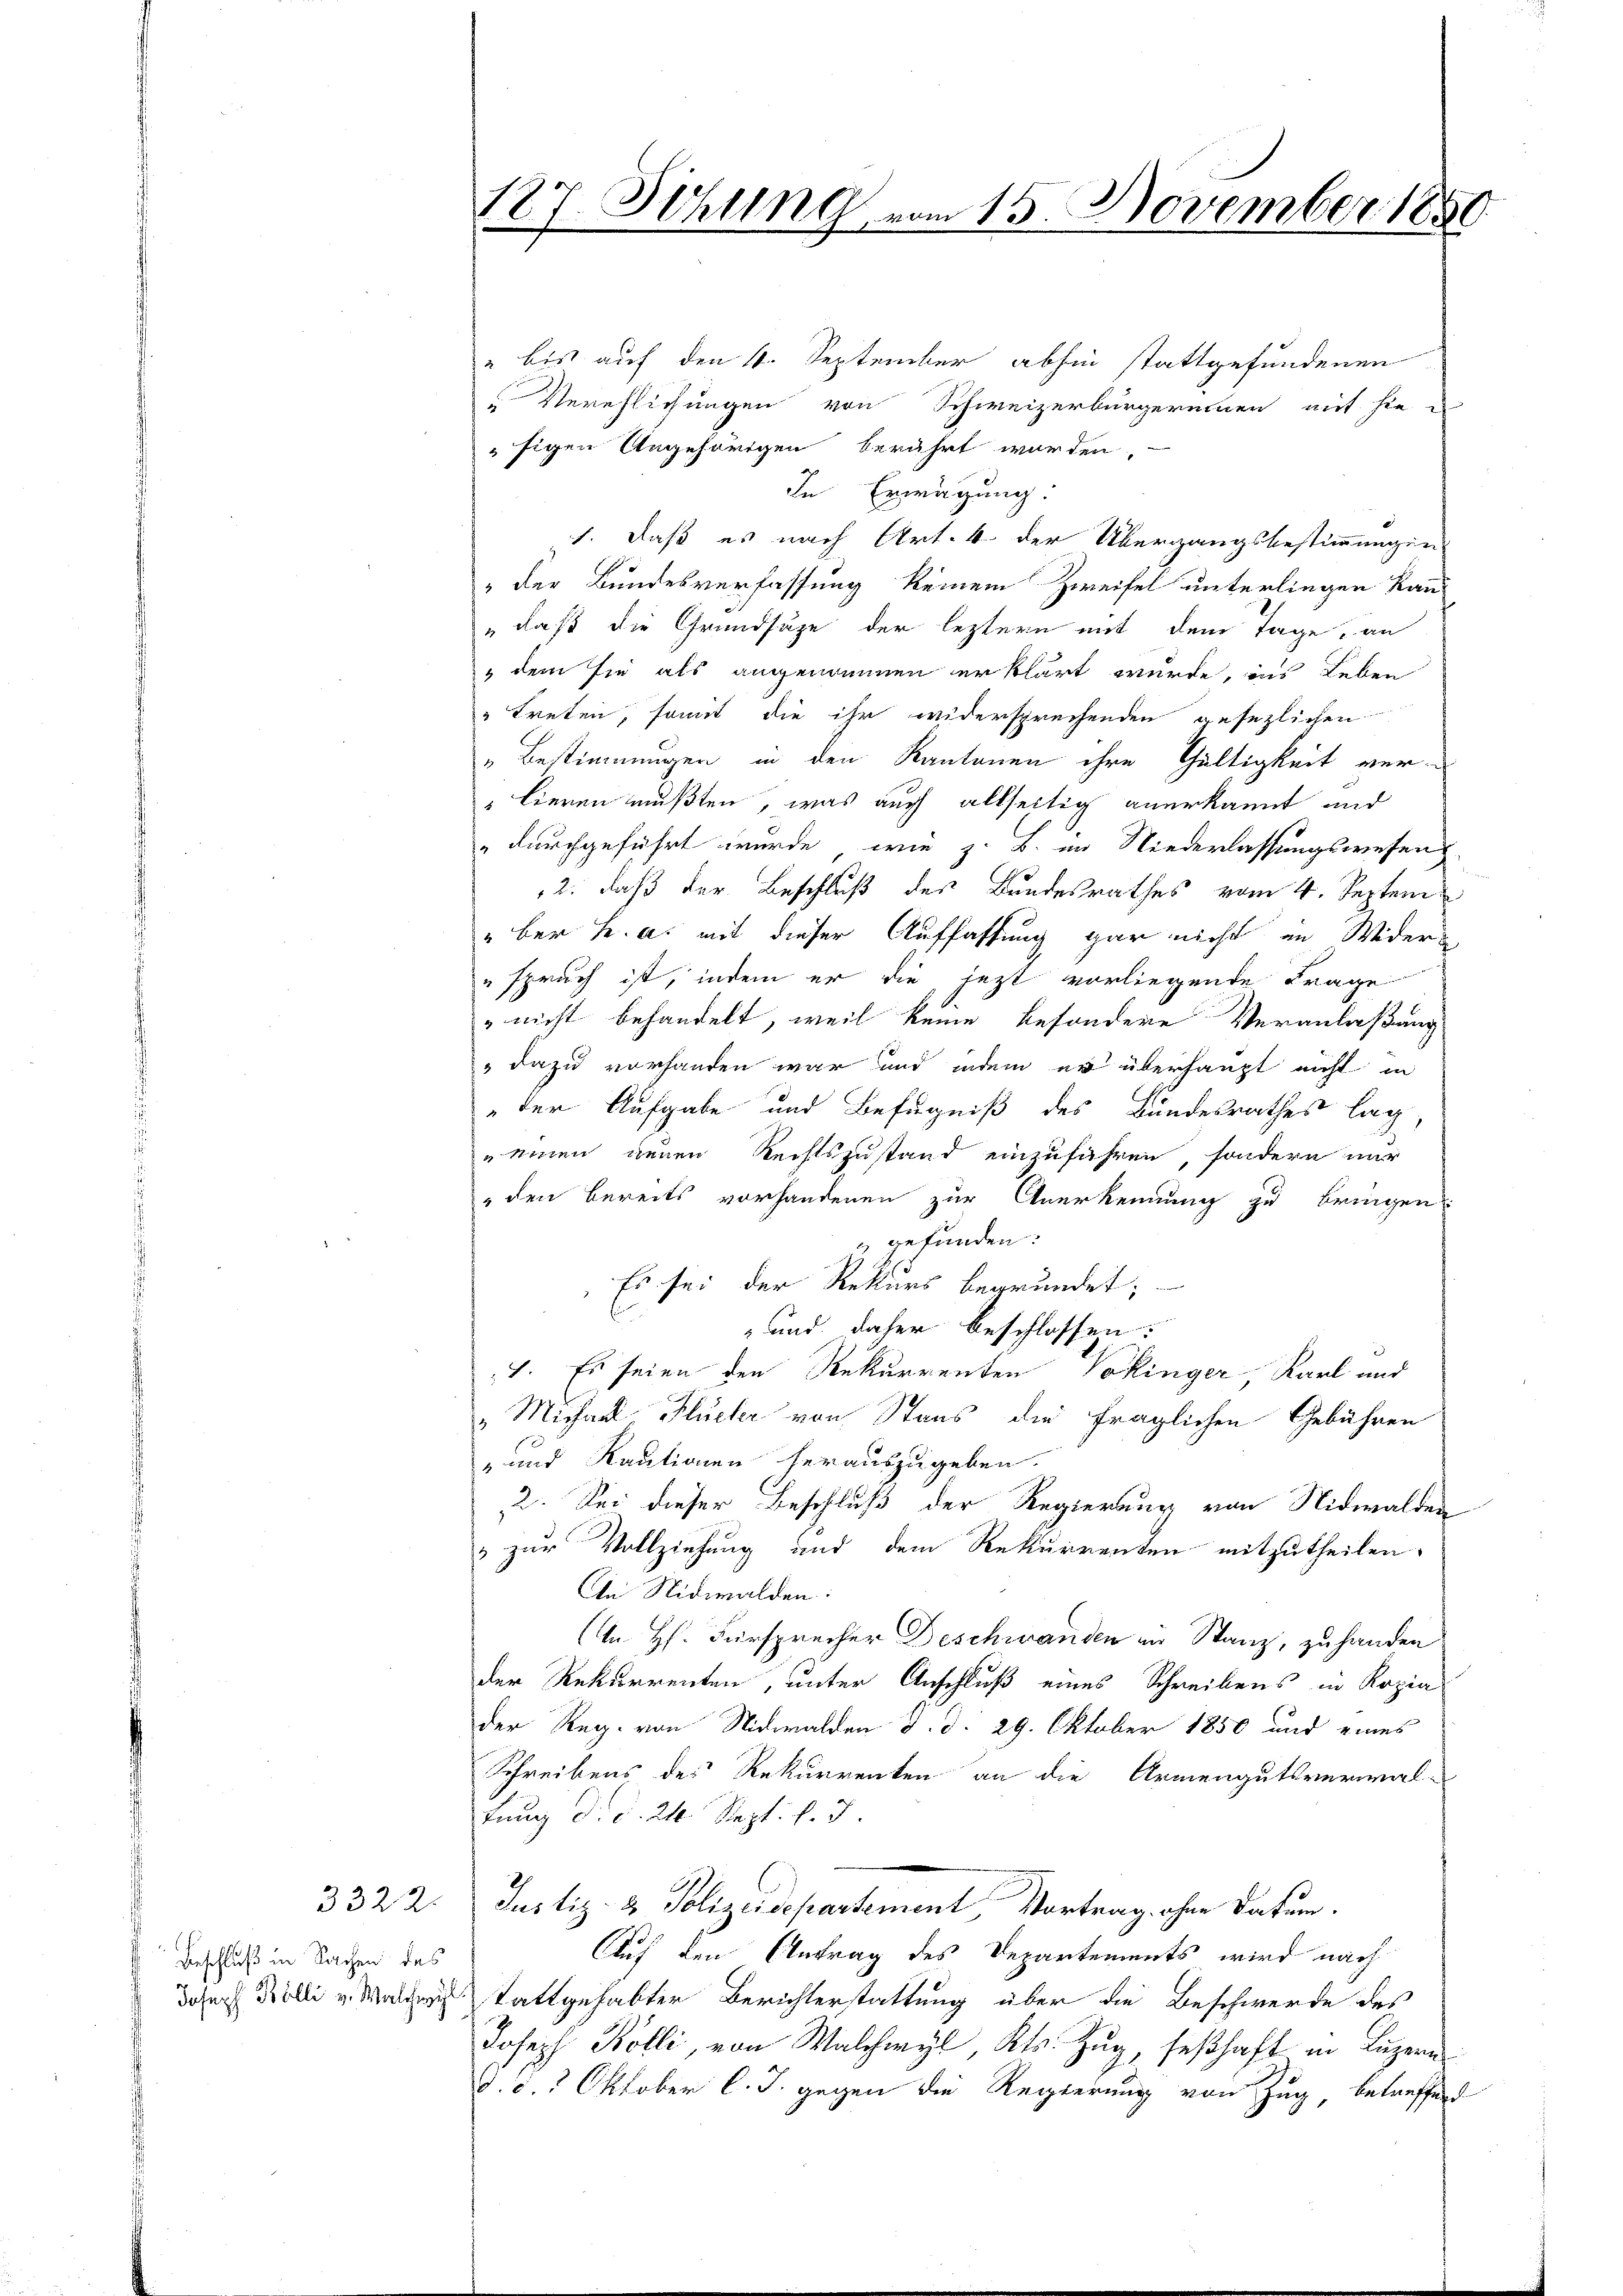
Beschluß in Sachen des
Joseph Bolli v. Walchwil

3322.

187. Sehling vom 15. November 1850
e

" bis auf den 4. September abhin stattgefundenen
"Verehlichungen von Schweizerbürgerinnen mit sie
sigen Ungehörigen berührt worden.
In Erwägung:
1. daß es nach Art. 4 der Übergangsbestimmungen
" der Bundesverfassung keinem Zweifel unterliegen kann
„daß die Grundsätze der leztern mit dem Tage an
" dem sie als angenommen erklärt wurde, ins Leben
" treten, somit die ihr widersprechenden gesezlichen
„Bestimmungen in den Kantonen ihre Gültigkeit ver¬
"lieren mußten, was auch allseitig anerkannt und
„durchgeführt wurde, wie z. B. im Niederlassungswesen
12. daß der Beschluß des Bundesrathes vom 4. Septem
ber h. a. mit dieser Auffassung gar nicht in Widers
" spruch ist, indem er die jetzt vorliegende Frage
nicht behandelt, weil keine besondere Veranlaßung
" dazu vorhanden war und indem er überhaupt nicht in
"der Aufgabe und Befugniß des Bundesrathes lag,
 einen neuen Rechtszustand einzuführen, sondern nur
den bereits vorhandenen zur Anerkennung zu bringen
z gefunden:
Es sei der Rekurs begründet;
und daher beschlossen:
1. Es seien den Rekurrenten Vokinger, Karl und
" Michael Flücher von Staus die fraglichen Gebühren
- und Kautionen herauszugeben.
2. Sei dieser Beschluß der Regierung von Nidwalden
& zur Vollziehung und dem Rekurrenten mitzutheilen.
An Nidwalden:
A. H. Fürsprecher Beschwanden in Stanz, zu handen
der Rekurrenten, unter Anschluß eines Schreibens in Kopia
der Reg. von Nidwalden d. d. 29. Oktober 1850 und eines
Schreibens des Rekurrenten an die Armengutsverwal-
tung d. d. 24. Sept. l. J
Justiz- & Polizeisepartement, Vortrag ohne Datum.
Auf den Antrag des Departements wird nach
stattgehabter Berichterstattung über die Beschwerde des
Joseph Kölli, von Walchwyl, Kts. Zug, seßhaft in Luzern
d. d. 2 Oktober l. J. gegen die Regierung von Zug betreffend